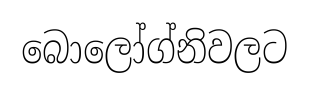
බොලෝග්නිවලට